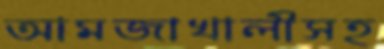
আমজাখালীসহ